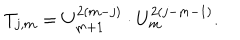
T _ { j , m } = U _ { m + 1 } ^ { 2 ( m - j ) } \cdot U _ { m } ^ { 2 ( j - m - 1 ) } .